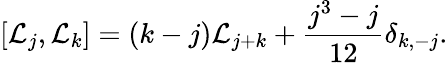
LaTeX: \left[{\cal L}_{j},{\cal L}_{k}\right]=(k-j){\cal L}_{j+k}+{\frac{j^{3}-j}{12}}\delta_{k,-j}.